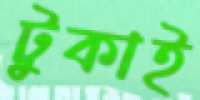
টুকাই